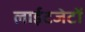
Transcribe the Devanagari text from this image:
लाईटजेटों